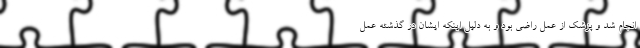
انجام شد و پزشک از عمل راضی بود و به دلیل اینکه ایشان در گذشته عمل